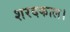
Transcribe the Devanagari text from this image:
शरदकाल।